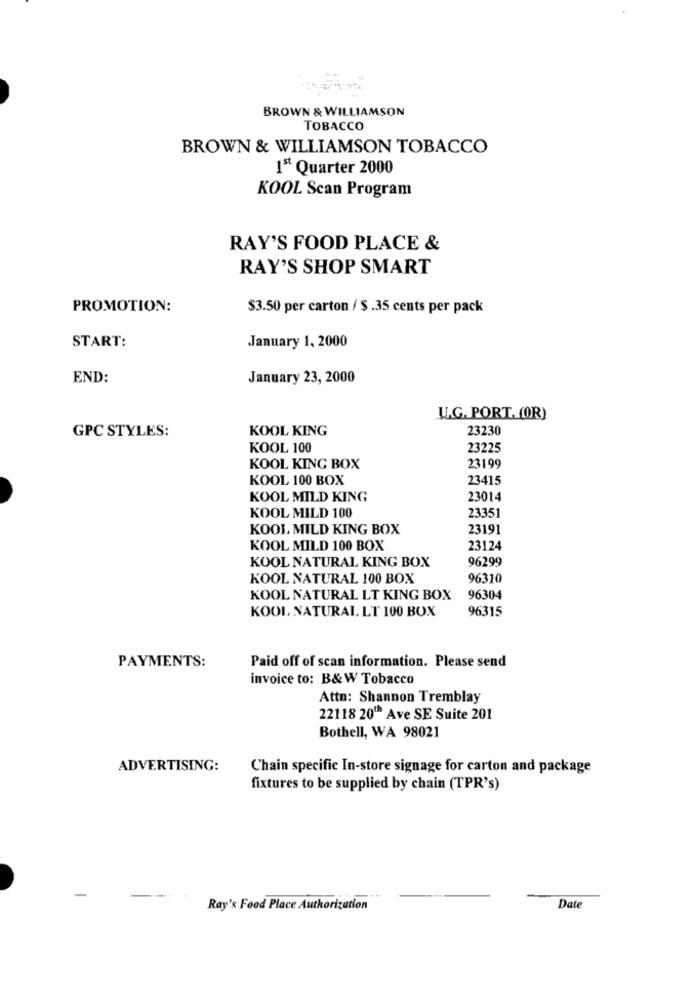
BROWN & WILLIAMSON
TOBACCO
BROWN & WILLIAMSON TOBACCO
1º Quarter 2000
KOOL Scan Program
RAY'S FOOD PLACE &
RAY'S SHOP SMART
PROMOTION:
$3.50 per carton / $ .35 cents per pack
START:
January 1, 2000
END:
January 23, 2000
U.G. PORT. (OR)
GPC STYLES:
KOOL KING
23230
KOOL 100
23225
KOOL KING BOX
23199
KOOL 100 BOX
23415
KOOL MILD KING
23014
KOOL MILD 100
23351
KOOL MILD KING BOX
23191
KOOL MILD 100 BOX
23124
KOOL NATURAL KING BOX
96299
KOOL NATURAL 100 BOX
96310
KOOL NATURAL LT KING BOX
96304
KOOL NATURAL LT 100 BOX
96315
PAYMENTS:
Paid off of scan information. Please send
invoice to: B& W Tobacco
Attn: Shannon Tremblay
22118 20" Ave SE Suite 201
Bothell, WA 98021
ADVERTISING:
Chain specific In-store signage for carton and package
fixtures to be supplied by chain (TPR's)
Ray's Food Place Authorization
Date